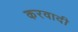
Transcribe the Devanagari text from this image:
करवादी